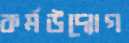
কর্মউদ্যোগ